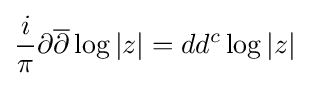
{\frac {i}{\pi }}\partial {\overline {\partial }}\log |z|=dd^{c}\log |z|